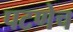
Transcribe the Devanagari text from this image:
पटणेच